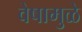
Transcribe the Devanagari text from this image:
वेषामुळे